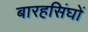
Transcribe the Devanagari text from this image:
बारहसिंघों